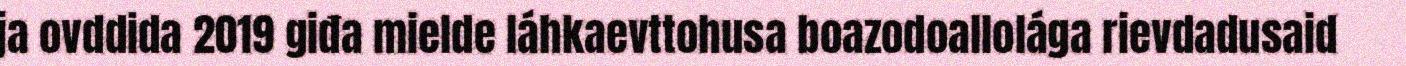
ja ovddida 2019 giđa mielde láhkaevttohusa boazodoallolága rievdadusaid